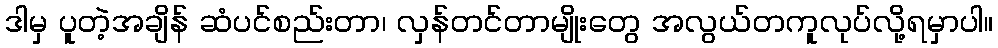
ဒါမှ ပူတဲ့အချိန် ဆံပင်စည်းတာ၊ လှန်တင်တာမျိုးတွေ အလွယ်တကူလုပ်လို့ရမှာပါ။